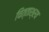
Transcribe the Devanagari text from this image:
चित्ताश्रय